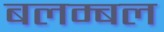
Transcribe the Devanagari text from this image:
बलम्बल